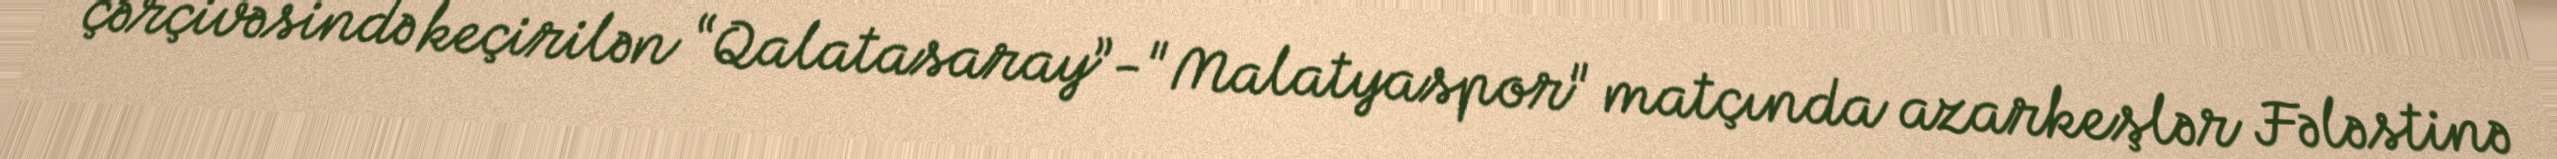
çərçivəsində keçirilən “Qalatasaray”-"Malatyaspor" matçında azarkeşlər Fələstinə